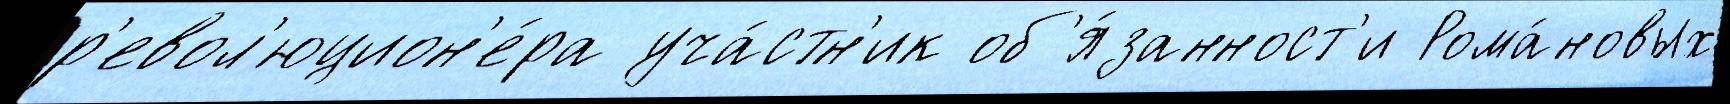
р'евол'юцион'е́ра уча́стн'ик об'я́занност'и Рома́новых